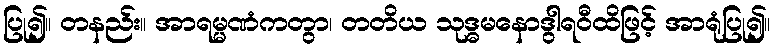
ပြု၍။ တနည်း။ အာရမ္မဏံကတွာ၊ တတိယ သုဒ္ဓမနောဒွါရဝီထိဖြင့် အာရုံပြု၍။